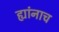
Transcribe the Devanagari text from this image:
ह्यांनाच